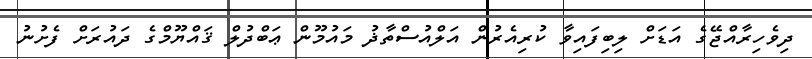
ދިވެހިރާއްޖޭގެ އަޑަށް ލިބިފައިވާ ކުރިއެރުން އަލްއުސްތާޛު މައުމޫން ޢަބްދުލް ޤައްޔޫމްގެ ދައުރަށް ފެށުނު